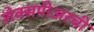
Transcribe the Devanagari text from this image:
शेक्सपीअरची